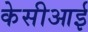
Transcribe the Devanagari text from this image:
केसीआई